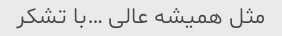
مثل همیشه عالی …با تشکر